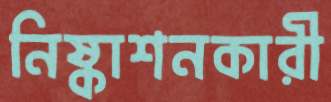
নিষ্কাশনকারী